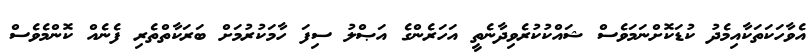
އެވާހަކަތަކާއިމެދު ކުޑަކޮށްނަމަވެސް ޝައްކުކުރެވިދާނެތީ އަހަރެންގެ އަޞްލު ސިފަ ހާމަކުރުމަށް ބަރަކާތްތެރި ފެނެއް ކޮންމެވެސް